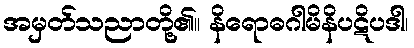
အမှတ်သညာတို့၏။ နိရောဓဂါမိနိပဋိပဒါ၊